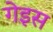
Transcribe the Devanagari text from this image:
गेइस